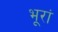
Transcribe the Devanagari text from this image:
भूरां